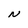
Character: N